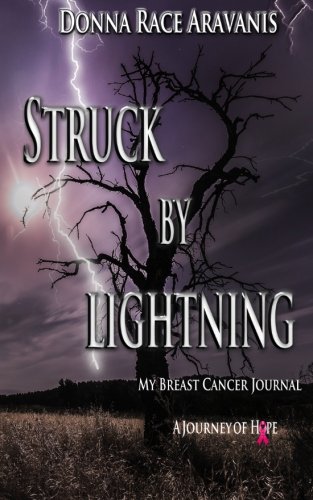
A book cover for Struck by Lightning: My Breast Cancer Journal; Donna Race Aravanis; Health, Fitness & Dieting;